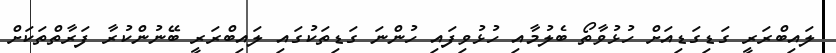
ލައިބްރަރީ ގަޑިގަޑިއަށް ހުޅުވާތޯ ބެލުމާއި ހުޅުވިފައި ހުންނަ ގަޑިތަކުގައި ލައިބްރަރީ ބޭނުންކުރާ ފަރާތްތަކަށް